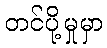
တင်ပို့မှုမှာ